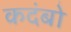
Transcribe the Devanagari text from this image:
कदंबो